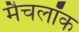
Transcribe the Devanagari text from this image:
मैचलॉक